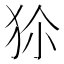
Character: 𤝝